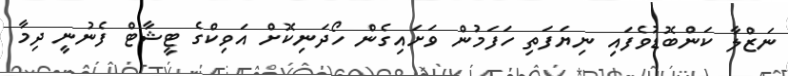
ނަޒްލާ ކަންބޮޑުވެފައި ނިޔަފަތި ހަފަމުން ވަށައިގެން ހޯދަނިކޮށް އަވިކްގެ ޓީޝާޓް ފެނުނީ ދިމާ